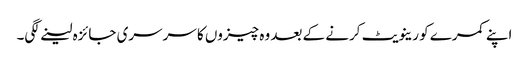
اپنے کمرے کو رینویٹ کرنے کے بعد وہ چیزوں کا سرسری جائزہ لینے لگی۔